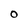
Character: O